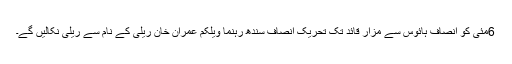
6مئی کو انصاف ہائوس سے مزار قائد تک تحریک انصاف سندھ رہنما ویلکم عمران خان ریلی کے نام سے ریلی نکالیں گے۔